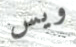
ويس